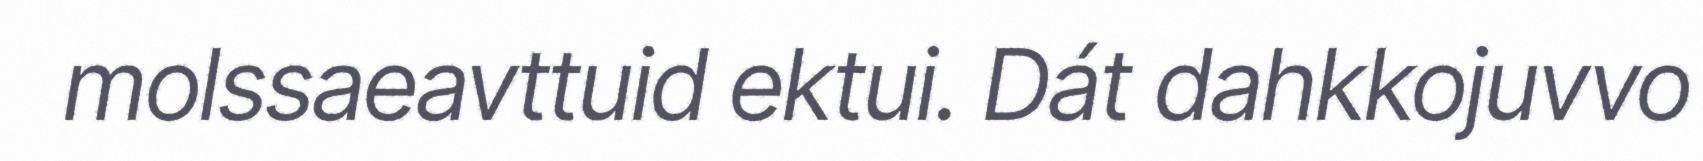
molssaeavttuid ektui. Dát dahkkojuvvo